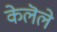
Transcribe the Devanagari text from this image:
केलॆले